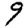
Digit: 9